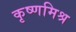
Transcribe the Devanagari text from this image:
कृष्णमिश्र